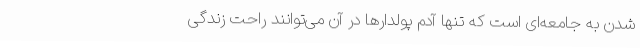
شدن به جامعه‌ای است که تنها آدم پولدارها در آن می‌توانند راحت زندگی